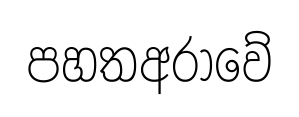
පහතඅරාවේ